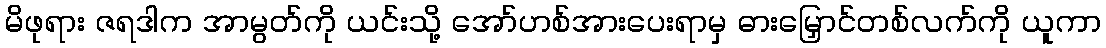
မိဖုရား ဇရဒါက အာမွတ်ကို ယင်းသို့ အော်ဟစ်အားပေးရာမှ ဓားမြှောင်တစ်လက်ကို ယူကာ